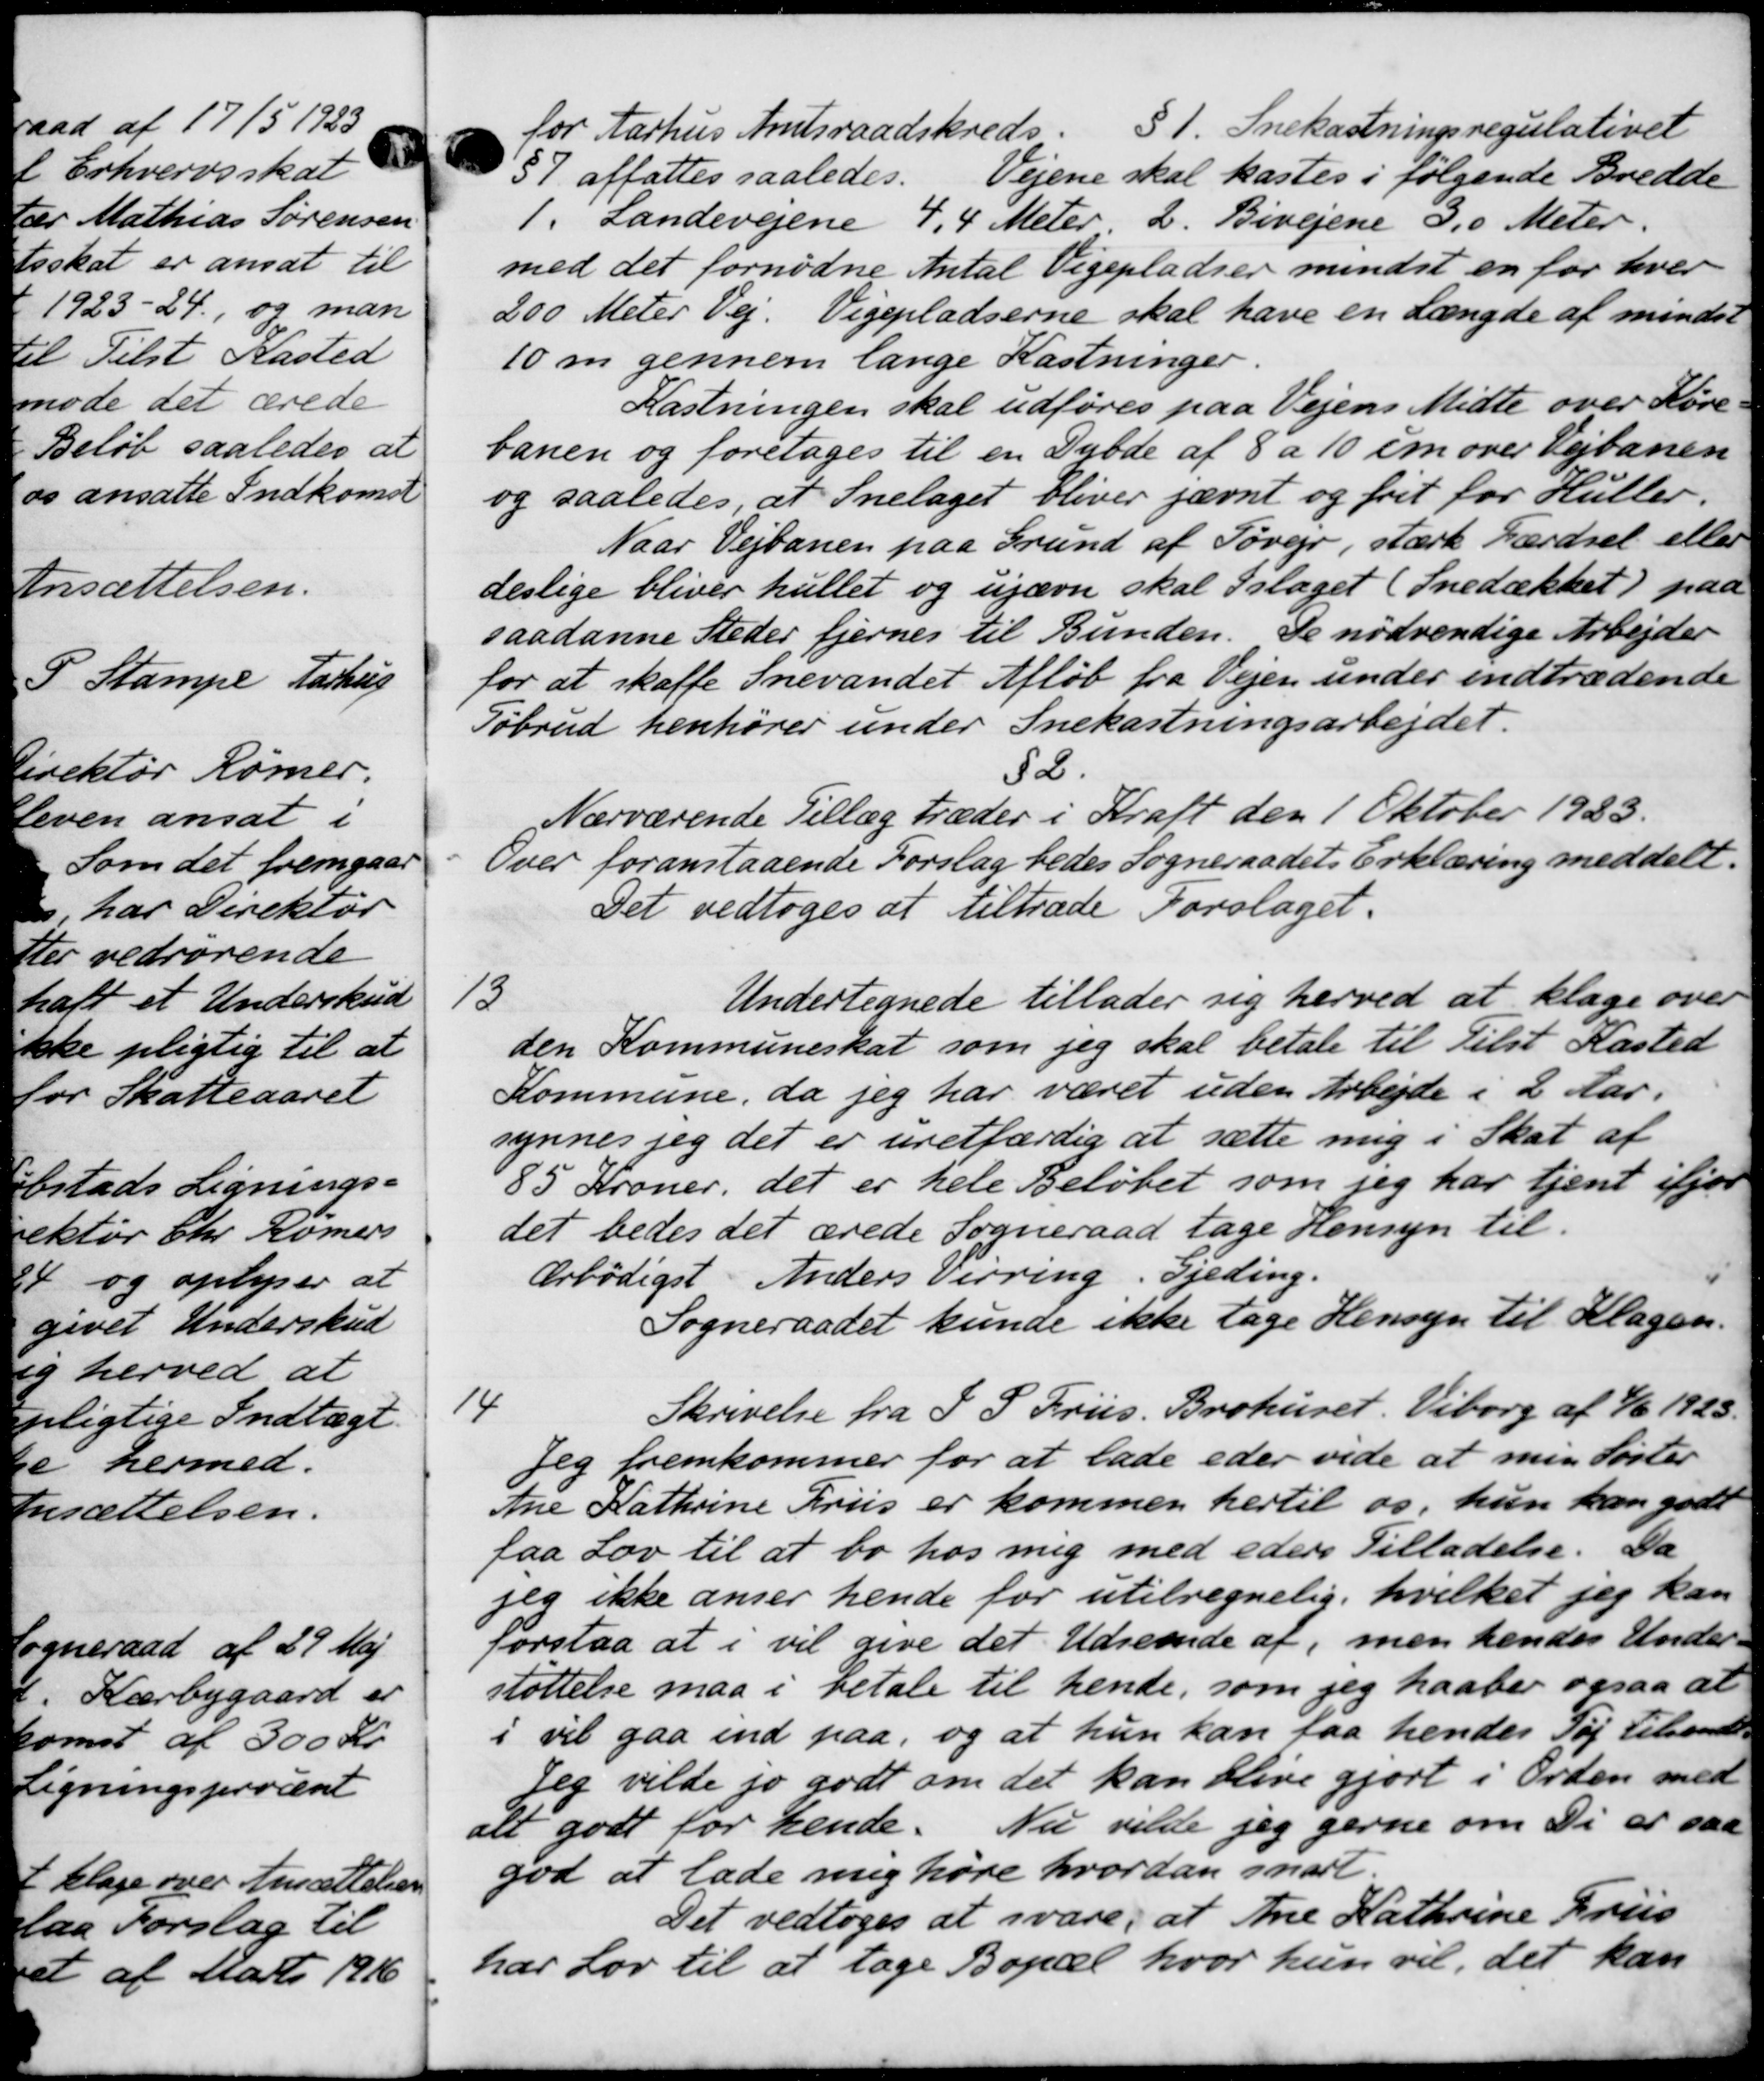
Transskription:
for Aarhus Amtsraadskreds. § 1. Snekastningsregulativet
57 affattes saaledes.
Vejene skal kastes i følgende Bredde
1. Landevejene 4, 4 Meter. 2. Bivejene 3,0 Meter.
med det fornødne Antal Pigepladser mindst en for hver
200 Meter Vej. Vigepladserne skal have en Længde af mindse
10m gennem lange Kastninger.
Kastningen skal udføres paa Vejens Midte over Køre
banen og foretages til en Dybde af 8 a 10 om over Vejbanen
og saaledes, at Snelaget bliver jævnt og frit for Huller.
Naar Vejbanen paa Grund af Søvejr, stærk Færdsel eller
deslige bliver hullet og ujævn skal slaget (Snedækket) paa
saadanne Steder fjernes til Bunden. De nødvendige Arbejder
for at skaffe Snevandet Afløb fra Vejen under indtrædende
Tøbrud henhører under Snekastningsarbejdet.
52.
Nærværende Tillæg træder i Kraft den 1 Oktober 1923.
Over foranstaaende Forslag bedes Sogneraadets Erklæring meddelt.
Det vedtoges at tiltræde Forslaget.
13
Undertegnede tillader sig herved at klage over
den Kommuneskat som jeg skal betale til Tilst Kasted
Kommune, da jeg har været uden Arbejde i 2 Aar.
synnes jeg det er uretfærdig at sætte mig i Skat af
85 Kroner, det er hele Beløbet som jeg har tjent ifjor
det bedes det ærede Sogneraad tage Hensyn til.
Ærbødigst Anders Verring. Gjeding.
Sogneraadet kunde ikke tage Hensyn til Klagen.
14
Skrivelse fra J. P. Friis. Brohuset. Viborg af 4/6 1923.
Jeg fremkommer for at lade eder vide at min Lister
Ane Kathrine Friis er kommen hertil os, hun kan gode
faa Lov til at bo hos mig med eders Tilladelse. Da
jeg ikke anser hende for utilregnelig, hvilket jeg kan
forstaa at i vil give det Udseende af, men hendes Under-
støttelse maa i betale til hende, som jeg haaber ogsaa at
i vil gaa ind paa, og at hun kan faa hendes Tøj tilsande-
Jeg vilde jo godt om det kan blive gjort i Orden med
alt godt for hende. Nu vilde jeg gerne om Di er saa
god at lade mig høre hvordan snart.
Det vedtoges at svare, at Ane Kathrine Friis
har Lov til at tage Bopæl, hvor hun vil, det kan